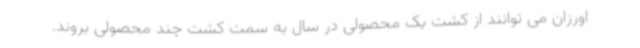
اورزان می توانند از کشت یک محصولی در سال به سمت کشت چند محصولی بروند.